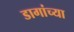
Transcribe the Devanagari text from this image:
डागांच्या